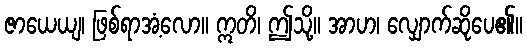
ဇာယေယျ၊ ဖြစ်ရာအံ့လော။ ဣတိ၊ ဤသို့။ အာဟ၊ လျှောက်ဆိုပေ၏။